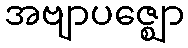
အဗျာပဇ္ဈော